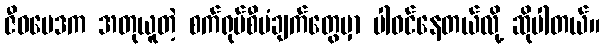
ဇီဝဗေဒက အတုယူတဲ့ စက်ရုပ်စီမံချက်တွေမှာ ပါဝင်နေတယ်လို့ ဆိုပါတယ်။